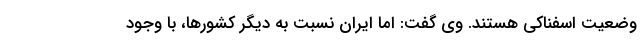
وضعیت اسفناکی هستند. وی گفت: اما ایران نسبت به دیگر کشورها، با وجود